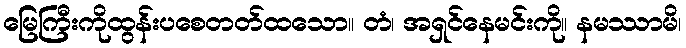
မြေကြီးကိုထွန်းပစေတတ်ထသော။ တံ၊ အရှင်နေမင်းကို။ နမဿာမိ၊